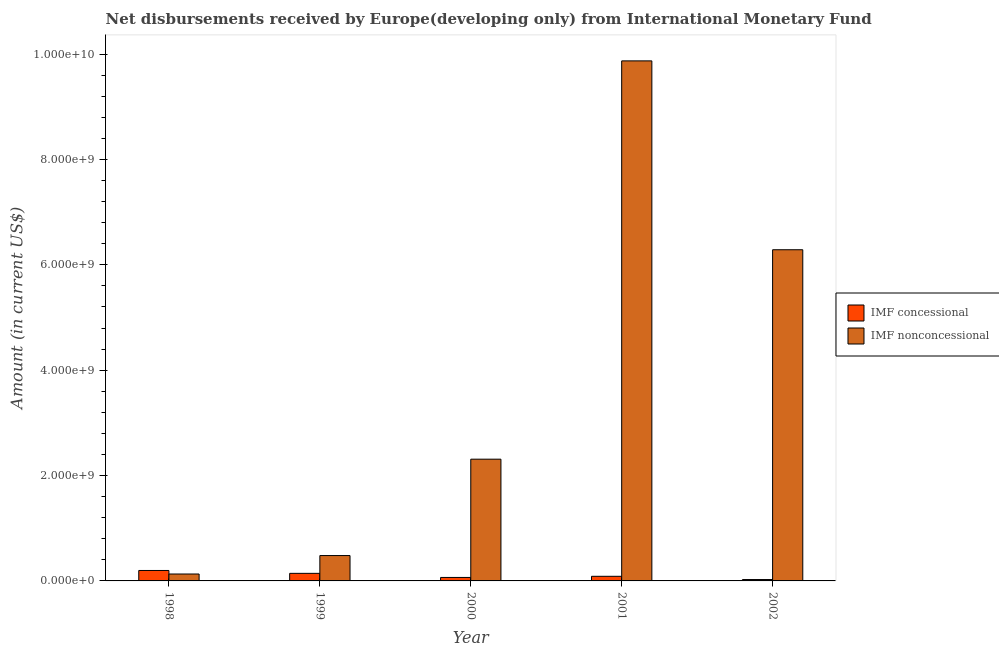
| Year | IMF concessional | IMF nonconcessional |
 | --- | --- | --- |
 | 1998 | 1.98e+08 | 1.31e+08 |
 | 1999 | 1.44e+08 | 4.82e+08 |
 | 2000 | 6.6e+07 | 2.31e+09 |
 | 2001 | 8.76e+07 | 9.87e+09 |
 | 2002 | 2.62e+07 | 6.29e+09 |